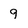
Character: 9